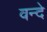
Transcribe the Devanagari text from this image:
वन्‍दे